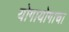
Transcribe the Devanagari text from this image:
योगायोगाचा